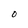
Character: O